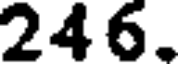
246.